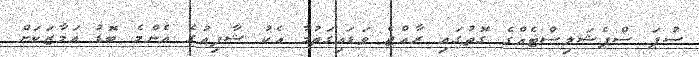
ސުޕަ ސްޕެޝަލިސްޓެއްގެ ގޮތުގައި ރާއްޖެ ވަޑައިގަތުމާ އެކު ޝާފިއުގެ އެންމެ ބޮޑު އަމާޒަކަށް